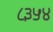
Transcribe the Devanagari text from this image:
८३५४